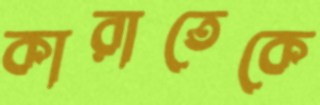
কারাতেকে